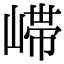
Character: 𫶇